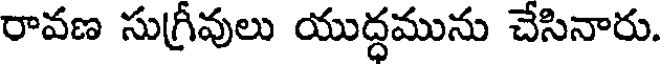
రావణ సుగ్రీవులు యుద్ధమును చేసినారు.